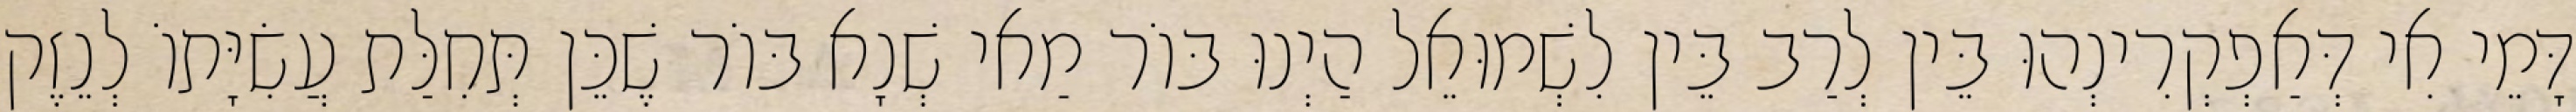
דָּמֵי אִי דְּאַפְקְרִינְהוּ בֵּין לְרַב בֵּין לִשְׁמוּאֵל הַיְנוּ בּוֹר מַאי שְׁנָא בּוֹר שֶׁכֵּן תְּחִלַּת עֲשִׂיָּתוֹ לְנֵזֶק